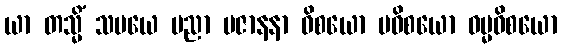
ယာ တသ္မိံ သမယေ ပညာ ပဇာနနာ ဝိစယော ပဝိစယော ဓမ္မဝိစယော